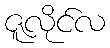
ဇူလိုင်လ